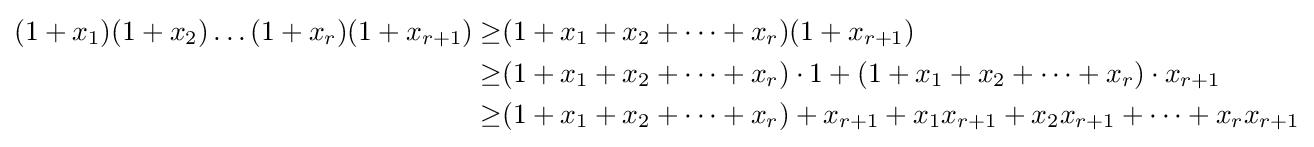
{\begin{alignedat}{2}(1+x_{1})(1+x_{2})\dots (1+x_{r})(1+x_{r+1})\geq &(1+x_{1}+x_{2}+\dots +x_{r})(1+x_{r+1})\\\geq &(1+x_{1}+x_{2}+\dots +x_{r})\cdot 1+(1+x_{1}+x_{2}+\dots +x_{r})\cdot x_{r+1}\\\geq &(1+x_{1}+x_{2}+\dots +x_{r})+x_{r+1}+x_{1}x_{r+1}+x_{2}x_{r+1}+\dots +x_{r}x_{r+1}\\\end{alignedat}}